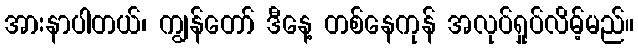
အားနာပါတယ်၊ ကျွန်တော် ဒီနေ့ တစ်နေကုန် အလုပ်ရှုပ်လိမ့်မည်။